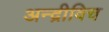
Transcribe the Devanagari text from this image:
अन्द्रीविच